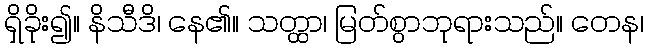
ရှိခိုး၍။ နိသီဒိ၊ နေ၏။ သတ္ထာ၊ မြတ်စွာဘုရားသည်။ တေန၊